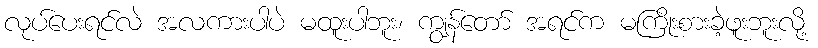
လုပ်ပေးရင်လဲ အလကားပါပဲ မထူးပါဘူး၊ ကျွန်တော် အရင်က မကြိုးစားခဲ့ဖူးဘူးလို့